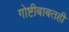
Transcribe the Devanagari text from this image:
गोष्टीबाबतही